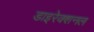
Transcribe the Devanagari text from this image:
डाइरेक्शनल